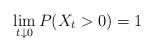
LaTeX: \begin{align*}\lim_{t\downarrow0}P(X_t> 0)=1\end{align*}